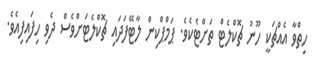
ހިތްވާ އެއްޗަކީ ހޫނު ޗޮކްލެޓް ތަށްޓެކެވެ. ޕަމްޕްކިން ލާޓޭފަދައި ޗޮކްލެޓަށްވެސް ދެވި ހިފައިފިއެވެ.